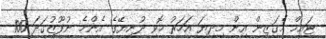
ޓައިމް މެގަޒިން އިން މިދިޔަ އަހަރު ހޮވި ދުނިޔޭގެ އެންމެ ނުފޫޒުގަދަ 100